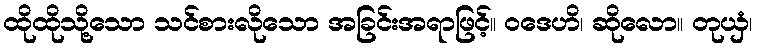
ထိုထိုသို့သော သင်စားလိုသော အခြင်းအရာဖြင့်။ ဝဒေဟိ၊ ဆိုလော။ တုယှံ၊